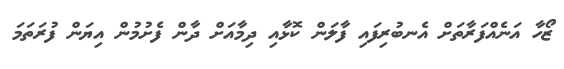
ޒޯހާ އަނެއްފަރާތަށް އެނބުރިފައި ފާލަން ކޮޅާއި ދިމާއަށް ދާން ފެށުމުން އިޔަން ފުރަތަމަ